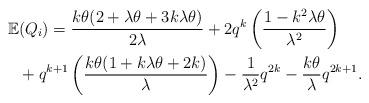
LaTeX: \begin{align*} \mathbb{E}&(Q_i) = \frac{k\theta(2+\lambda\theta+3k\lambda\theta)}{2\lambda}+2q^k\left(\frac{1-k^2\lambda\theta}{\lambda^2}\right)\\ & +q^{k+1}\left(\frac{k\theta(1+k\lambda\theta+2k)}{\lambda}\right)-\frac{1}{\lambda^2}q^{2k}-\frac{k\theta}{\lambda}q^{2k+1}. \end{align*}